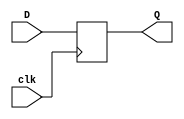
// Automatically generated by PRGA's RTL generator
module flipflop (
    input wire [0:0] clk,
    input wire [0:0] D,
    output reg [0:0] Q
    );

    always @(posedge clk[0]) begin
        Q   <=  D;
    end

endmodule